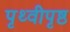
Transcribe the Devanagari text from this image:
पृथ्वीपृष्ठ